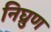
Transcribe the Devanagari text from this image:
निघ्रुण